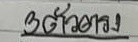
3ตัวตรง